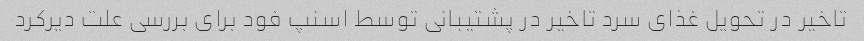
تاخیر در تحویل غذای سرد تاخیر در پشتیبانی توسط اسنپ فود برای بررسی علت دیرکرد